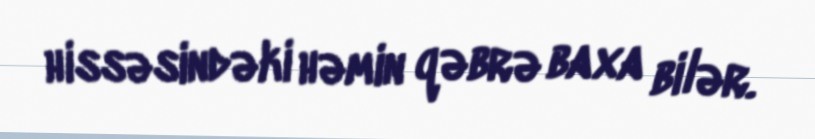
hissəsindəki həmin qəbrə baxa bilər.